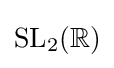
\mathrm {SL} _{2}(\mathbb {R} )